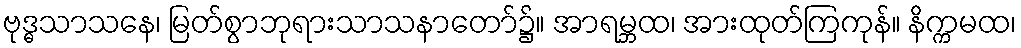
ဗုဒ္ဓသာသနေ၊ မြတ်စွာဘုရားသာသနာတော်၌။ အာရမ္ဘထ၊ အားထုတ်ကြကုန်။ နိက္ကမထ၊